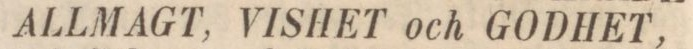
ALLMAGT, VISHET och GODHET,